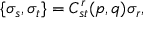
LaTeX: \{ \sigma _ { s } , \sigma _ { t } \} = C _ { s t } ^ { r } ( p , q ) \sigma _ { r } ,